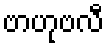
ဗာဟုဗလီ